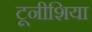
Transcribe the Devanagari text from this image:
टूनीशिया